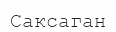
Саксаган